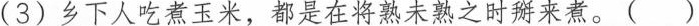
(3)乡下人吃煮玉米，都是在将熟未熟之时掰来煮。 ( ）